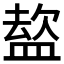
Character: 𭾈